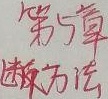
第5章滤波方法